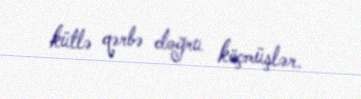
kütlə qərbə doğru köçmüşlər.